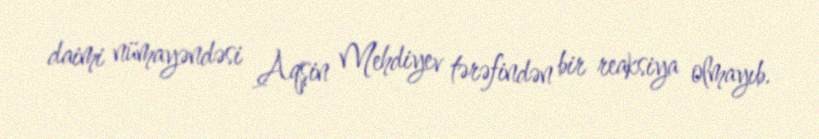
daimi nümayəndəsi Aqşin Mehdiyev tərəfindən bir reaksiya olmayıb.